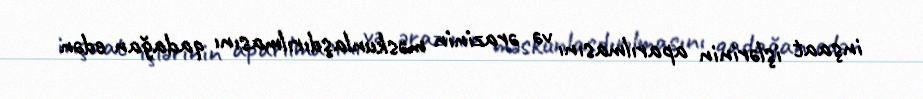
inşaat işlərinin aparılmasını və ərazinin məskunlaşdırılmasını qadağan edən